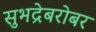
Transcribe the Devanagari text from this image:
सुभद्रेबरोबर